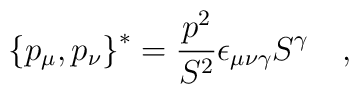
\left\{p_{\mu},p_{\nu}\right\}^* = \frac{p^2}{S^2}\epsilon_{\mu\nu\gamma}S^{\gamma}\quad ,